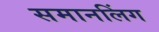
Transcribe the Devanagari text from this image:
समानलिंग